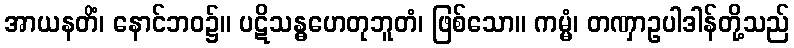
အာယနတိံ၊ နောင်ဘဝ၌။ ပဋိသန္ဓဟေတုဘူတံ၊ ဖြစ်သော။ ကမ္မံ၊ တဏှာဥပါဒါန်တို့သည်